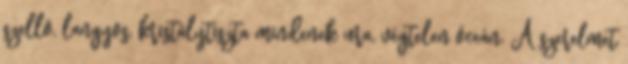
szellõ, langyos, kristálytiszta mindenek ura, végtelen óceán. A szerelmet